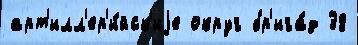
арт'илл'ер'и́йск'иjе округ бр'ига́д 38